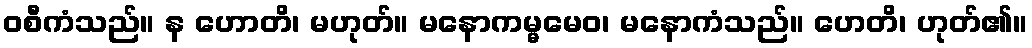
ဝစီကံသည်။ န ဟောတိ၊ မဟုတ်။ မနောကမ္မမေဝ၊ မနောကံသည်။ ဟေတိ၊ ဟုတ်၏။